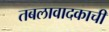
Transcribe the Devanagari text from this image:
तबलावादकाची